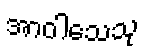
အာဝါသေသု